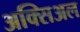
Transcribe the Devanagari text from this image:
अक्सिअल